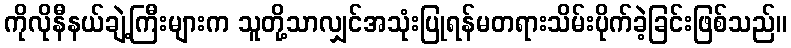
ကိုလိုနီနယ်ချဲ့ကြီးများက သူတို့သာလျှင်အသုံးပြုရန်မတရားသိမ်းပိုက်ခဲ့ခြင်းဖြစ်သည်။